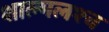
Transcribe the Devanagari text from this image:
शाल्मलश्च